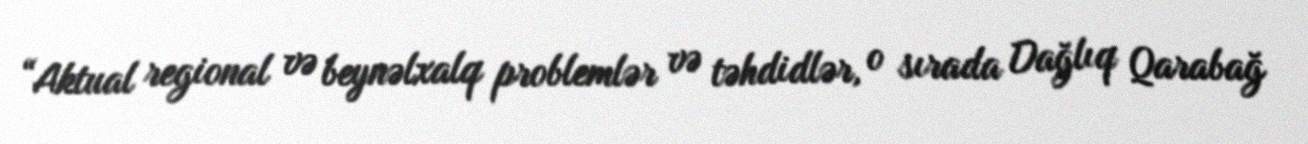
“Aktual regional və beynəlxalq problemlər və təhdidlər, o sırada Dağlıq Qarabağ